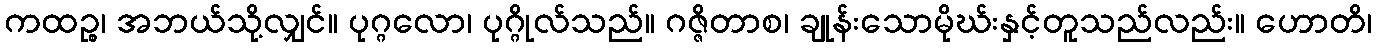
ကထဉ္စ၊ အဘယ်သို့လျှင်။ ပုဂ္ဂလော၊ ပုဂ္ဂိုလ်သည်။ ဂဇ္ဇိတာစ၊ ချုန်းသောမိုဃ်းနှင့်တူသည်လည်း။ ဟောတိ၊